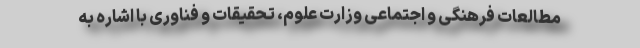
مطالعات فرهنگی و اجتماعی وزارت علوم، تحقیقات و فناوری با اشاره به